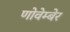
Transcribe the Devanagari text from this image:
णोवेम्बेर